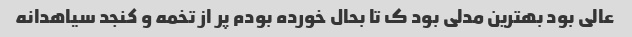
عالی بود بهترین مدلی بود ک تا بحال خورده بودم پر از تخمه و کنجد سیاهدانه